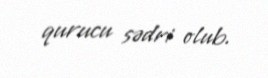
qurucu sədri olub.